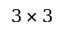
3 \times 3